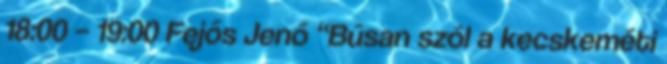
18:00 – 19:00 Fejős Jenő “Búsan szól a kecskeméti